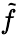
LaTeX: \tilde{f}